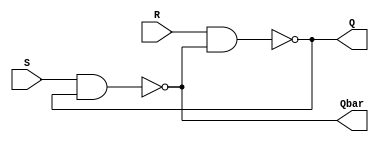
`timescale 1ns / 1ps
//////////////////////////////////////////////////////////////////////////////////
// 
// Design Name: SR Latch
// Module Name: sr_latch
//////////////////////////////////////////////////////////////////////////////////


module sr_latch(
    input S,R,
    output Q,Qbar
    );
    
    assign Q=~(R&Qbar);
    assign Qbar=~(S&Q);
endmodule